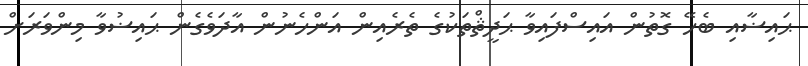
ޙައިޟާއި ބެހޭ ގޮތުން އައިސްފައިވާ ޙަދީޘްތަކުގެ ތެރެއިން އަންހެނުން އާދަވެގެން ޙައިޟުވާ މިންވަރަށް